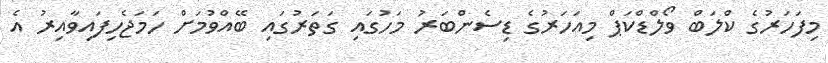
މިފަހަރުގެ ކްލަބް ވޯލްޑްކަޕް މިއަހަރުގެ ޑިސެންބަރު މަހުގައި ގަތަރުގައި ބޭއްވުމަށް ހަމަޖެހިފައިވާއިރު އެ